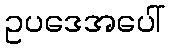
ဥပဒေအပေါ်